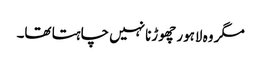
مگر وہ لاہور چھوڑنا نہیں چاہتا تھا۔